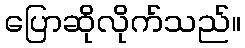
ပြောဆိုလိုက်သည်။